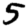
Digit: 5